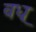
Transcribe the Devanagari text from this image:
वध्